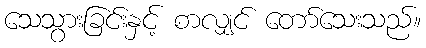
သေသွားခြင်းနှင့် စာလျှင် တော်သေးသည်။